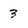
Character: 3